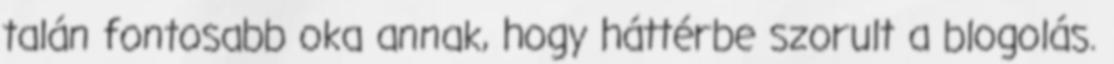
talán fontosabb oka annak, hogy háttérbe szorult a blogolás.